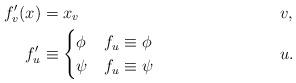
LaTeX: \begin{align*}f'_v(x) &= x_v && v ,\\f'_u &\equiv \begin{cases} \phi & f_u \equiv \phi\\\psi & f_u \equiv \psi\end{cases}&& u . \end{align*}